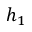
h _ { 1 }